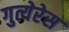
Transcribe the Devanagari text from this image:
गुत्येरेस